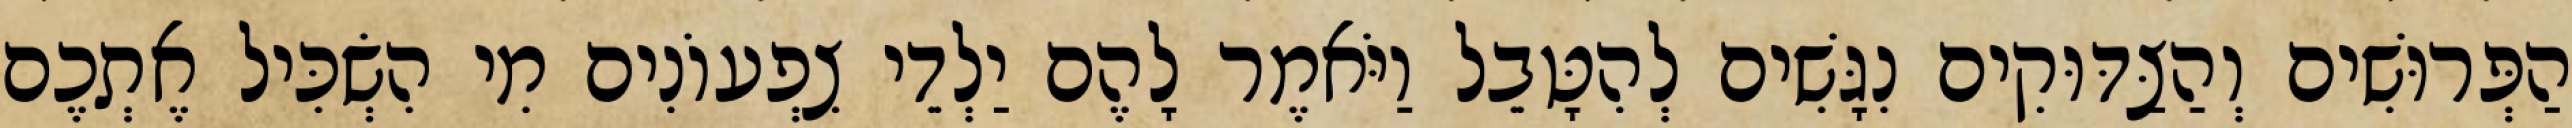
הַפְּרוּשִׁים וְהַצַּדּוּקִים נִגָּשִׁים לְהִטָּבֵל וַיֹּאמֶר לָהֶם יַלְדֵי צִפְעוֹנִים מִי הִשְׂכִּיל אֶתְכֶם